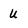
Character: u